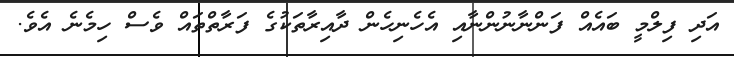
އަދި ފިލްމީ ބައެއް ފަންނާނުންނާއި އެހެނިހެން ދާއިރާތަކުގެ ފަރާތްތައް ވެސް ހިމެނެ އެވެ.